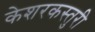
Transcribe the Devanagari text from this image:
केशरकस्तुरी